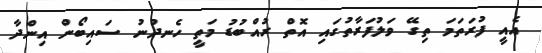
އެއީ ފުރަތަމަ ތިގޭ ވަލުފަރާތުގައި އޮތް ރުއްބުޑު މަތީ ހެނދުނު ސައިބޯން އިންދާ